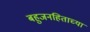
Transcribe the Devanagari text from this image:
बहुजनहिताच्या